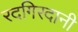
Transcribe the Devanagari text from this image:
रदगिरदानी